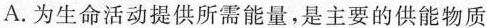
A.为生命活动提供所需能量，是主要的供能物质